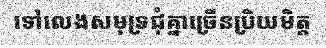
ទៅលេងសមុទ្រជុំគ្នាច្រើនប្រិយមិត្ត